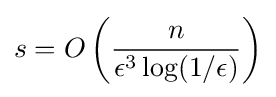
\displaystyle s=O\left({\frac {n}{\epsilon ^{3}\log(1/\epsilon )}}\right)